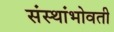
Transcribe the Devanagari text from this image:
संस्थांभोवती